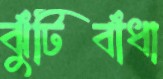
ঝুঁটিবাঁধা